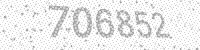
Solution: 706852